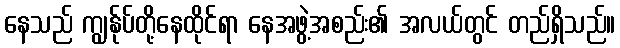
နေသည် ကျွန်ုပ်တို့နေထိုင်ရာ နေအဖွဲ့အစည်း၏ အလယ်တွင် တည်ရှိသည်။